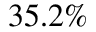
3 5 . 2 \%